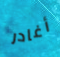
أغادر